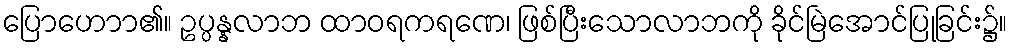
ပြောဟောာ၏။ ဥပ္ပန္နလာဘ ထာဝရကရဏေ၊ ဖြစ်ပြီးသောလာဘကို ခိုင်မြဲအောင်ပြုခြင်း၌။